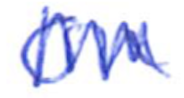
Text: On
Cross-out: zig-zag
Writing tool: ballpoint